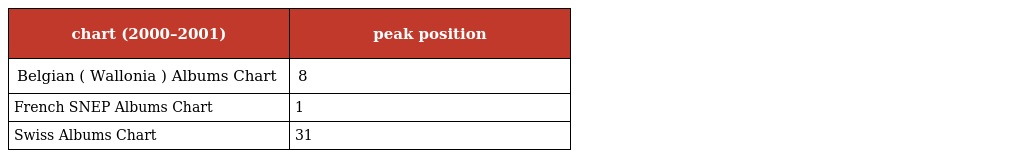
| chart (2000–2001) | peak position |
 | --- | --- |
 | Belgian ( Wallonia ) Albums Chart | 8 |
 | French SNEP Albums Chart | 1 |
 | Swiss Albums Chart | 31 |